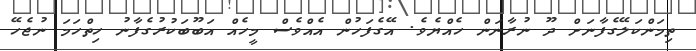
ތިމަންކަލޭގެފާނަށް ދޫ ނުރާނަން ހެއްޔެވެ. އޭގެފަހުން އެއްވެސް މީހެއް އަބޫބަކުރުގެފާނު ހިތްހަމަ ނުޖެހޭ